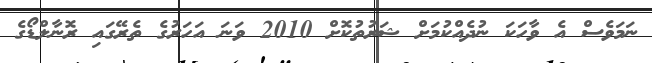
ނަމަވެސް އެ ވާހަކަ ނުދެއްކުމަށް ޝަރުތުކޮށް 2010 ވަނަ އަހަރުގެ ތެރޭގައި ރޮނާލްޑޯގެ